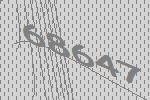
68647